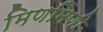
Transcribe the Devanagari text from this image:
मिणमिणी